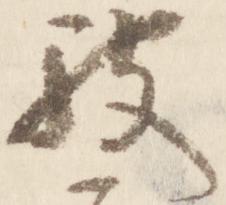
被